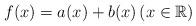
LaTeX: \begin{align*} f(x)=a(x)+b(x)\left(x\in \mathbb{R}\right)\end{align*}